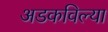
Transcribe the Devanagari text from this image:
अडकविल्या